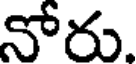
నోరు.